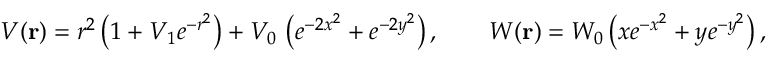
V ( \mathbf { r } ) = r ^ { 2 } \left( 1 + V _ { 1 } e ^ { - r ^ { 2 } } \right) + V _ { 0 } \, \left( e ^ { - 2 x ^ { 2 } } + e ^ { - 2 y ^ { 2 } } \right) , \qquad W ( \mathbf { r } ) = W _ { 0 } \left( x e ^ { - x ^ { 2 } } + y e ^ { - y ^ { 2 } } \right) ,